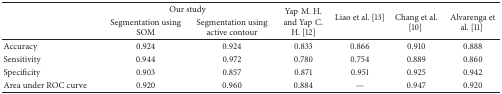
|  | <COLSPAN=2> Our study | <ROWSPAN=2> YapM. H. and YapC. H. [12] | <ROWSPAN=2> Liao et al. [13] | <ROWSPAN=2> Chang et al. [10] | <ROWSPAN=2> Alvarenga et al. [11] |
 |  | Segmentation using SOM | Segmentation using active contour |
 | --- | --- | --- | --- | --- | --- | --- |
 | Accuracy | 0.924 | 0.924 | 0.833 | 0.866 | 0.910 | 0.888 |
 | Sensitivity | 0.944 | 0.972 | 0.780 | 0.754 | 0.889 | 0.860 |
 | Specificity | 0.903 | 0.857 | 0.871 | 0.951 | 0.925 | 0.942 |
 | Area under ROC curve | 0.920 | 0.960 | 0.884 | — | 0.947 | 0.920 |